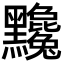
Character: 𪓄